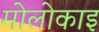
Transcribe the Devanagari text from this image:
मोलोकाइ